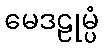
မေဒဠုမ္ပံ